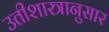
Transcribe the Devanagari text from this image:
उतीशास्त्रानुसार